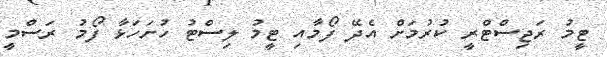
ޓީމު ރަޖިސްޓްރީ ކުރުމަށް އެދޭ ފޯމާއި ޓީމު ލިސްޓު ހުށަހަޅާ ފޯމު ރަސްމީ